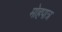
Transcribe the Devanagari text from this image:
मोहपात्र